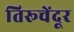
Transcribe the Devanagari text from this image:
तिरूचेंदूर